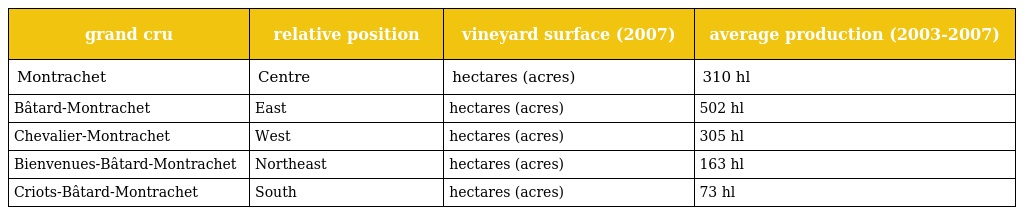
| grand cru | relative position | vineyard surface (2007) | average production (2003-2007) |
 | --- | --- | --- | --- |
 | Montrachet | Centre | hectares (acres) | 310 hl |
 | Bâtard-Montrachet | East | hectares (acres) | 502 hl |
 | Chevalier-Montrachet | West | hectares (acres) | 305 hl |
 | Bienvenues-Bâtard-Montrachet | Northeast | hectares (acres) | 163 hl |
 | Criots-Bâtard-Montrachet | South | hectares (acres) | 73 hl |